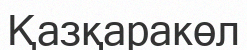
Қазқаракөл